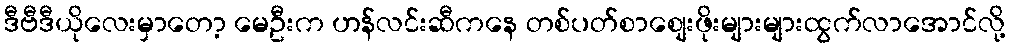
ဒီဗီဒီယိုလေးမှာတော့ မေဦးက ဟန်လင်းဆီကနေ တစ်ပတ်စာစျေးဖိုးများများထွက်လာအောင်လို့